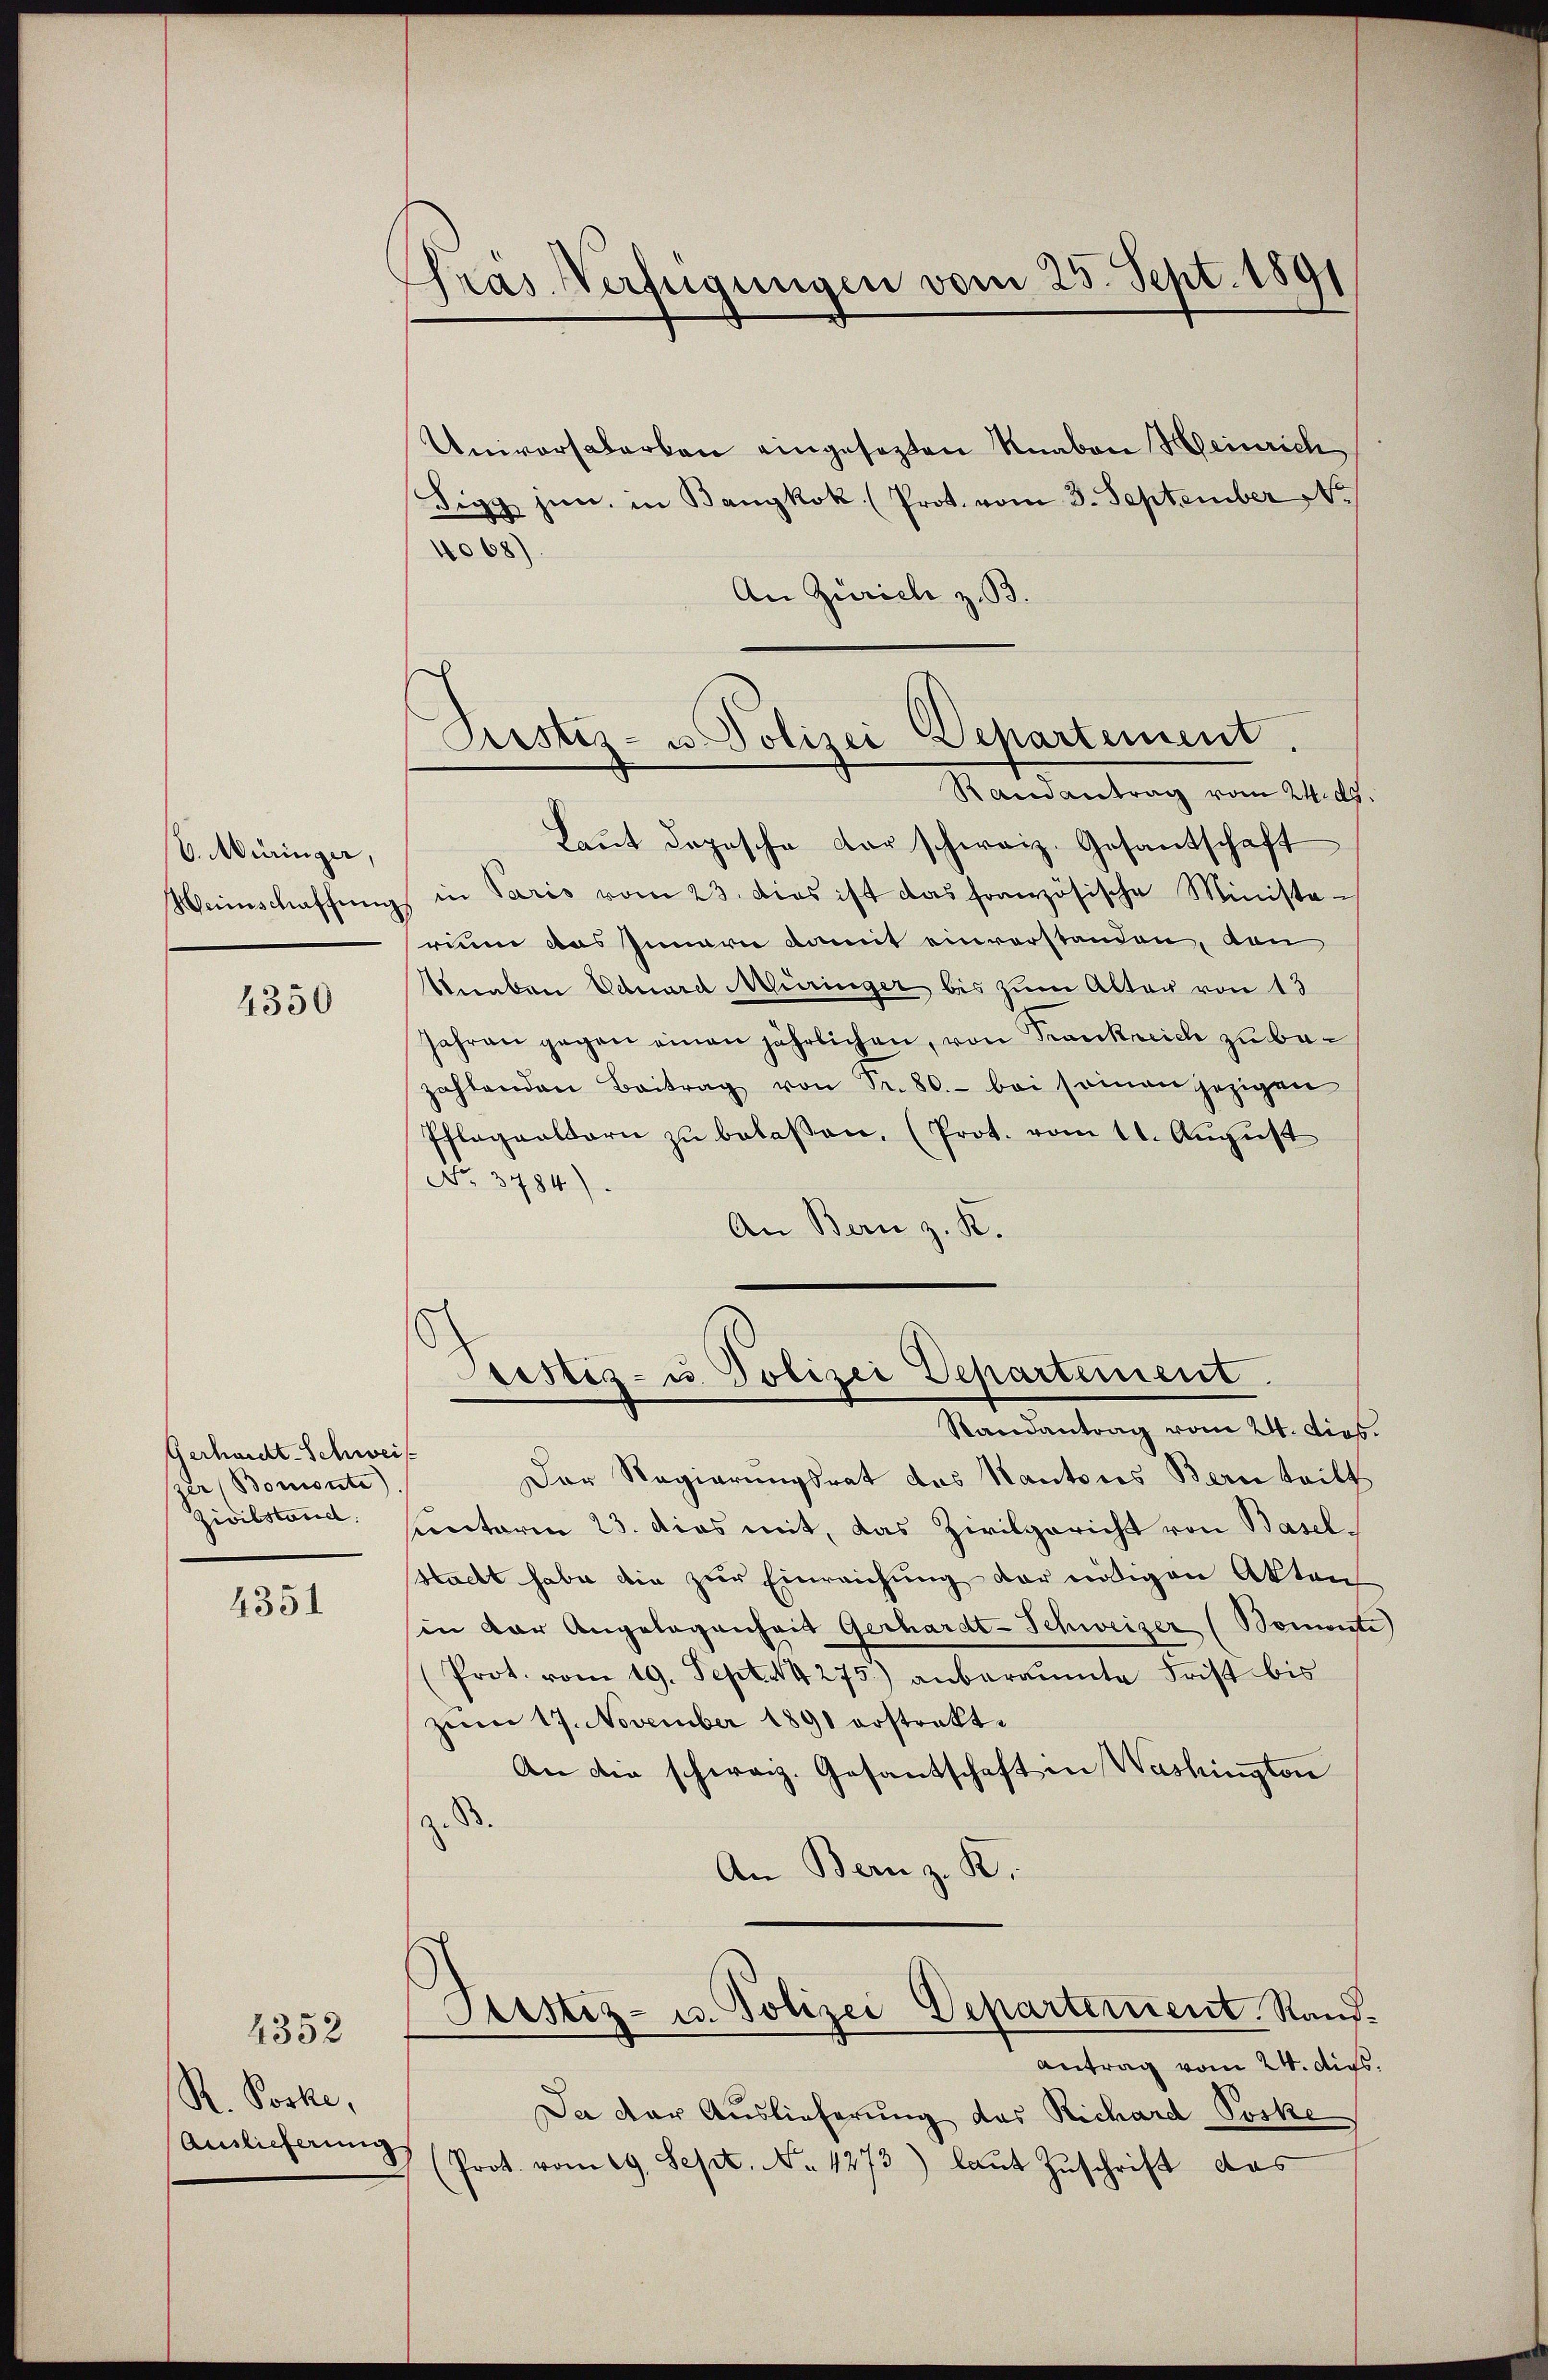
V. Müringer,
Weinschaffung

4350

Gerhalt-Schweis
zer (Borcionte)

4351

R. Poske,
Auslieferung

4352

Prás Verfügungen vom 25. Sept. 1891

Prustiz- u. Polizei Departement
Randantrag vom 24. ds.

Universalerken eingesezten Knaben Heinrich
Sigg jun. in Bangkok (Prot. vom 3. September N.
4068).
An Zürich z. B.
Laŭt dopische der schweiz. Gesantschaft
in Paris vom 23. dies ist das französische Ministerunn das Innern damit einverstanden, von
Knaben Eduard Alringer bis zum Alter von 13
Jahren gegen einen jährlichen, von Frankreich zu bezahlenden Beitrag von Fr. 80.- bei seinen jezigen
Pflegealtarie zŭ belaßen. (Prot. vom 11. August
No. 3784).
An Bern z. K.

Teistig- u. Polizei Departement

Randantrag vom 24. dies.
Der Regierungsrat das Kantons Bern teilt
Zivilstand: Cantoren 23. dies mit, das Zivilgericht von Baselstacht habe die zur Einreichung der nötigen Akten
in der Angelegenheit Gerhardt-Schweizer (Bomente
(Prot. vom 19. Sept. 14275) anberaumte Frist bis
zum 17. November 1891 erstrakt.
An die schweiz. Gesantschaft in Washington
B.
.
An Bern z. B.
Prstiz- u. Polizei Departement, Stand¬
Antrag vom 24. ds.
Da der Auslieferung das Richard Poske
(Prot. vom 19. Sept. No. 1273) laŭt Zŭschrift das